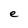
Character: e